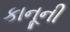
કાનૂની